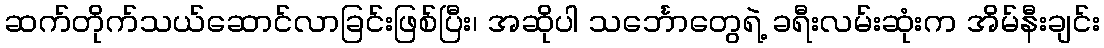
ဆက်တိုက်သယ်ဆောင်လာခြင်းဖြစ်ပြီး၊ အဆိုပါ သင်္ဘောတွေရဲ့ ခရီးလမ်းဆုံးက အိမ်နီးချင်း